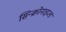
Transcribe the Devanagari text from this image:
सिन्क्रोनाइज्ड